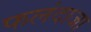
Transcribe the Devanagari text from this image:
फलंदाजा